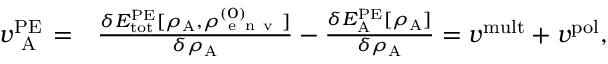
\begin{array} { r l } { v _ { \mathrm { ~ A ~ } } ^ { \mathrm { P E } } = } & { { } \frac { \delta E _ { \mathrm { t o t } } ^ { \mathrm { P E } } [ \rho _ { \mathrm { A } } , \rho _ { \mathrm { ~ e ~ n ~ v ~ } } ^ { ( 0 ) } ] } { \delta \rho _ { \mathrm { A } } } - \frac { \delta E _ { \mathrm { A } } ^ { \mathrm { P E } } [ \rho _ { \mathrm { A } } ] } { \delta \rho _ { \mathrm { A } } } = { v } ^ { \mathrm { m u l t } } + { v } ^ { \mathrm { p o l } } , } \end{array}